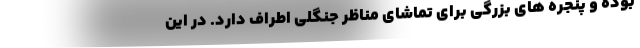
بوده و پنجره های بزرگی برای تماشای مناظر جنگلی اطراف دارد. در این